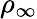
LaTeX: \rho_{\infty}